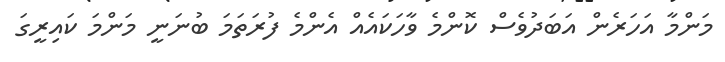
މަންމާ އަހަރެން އަބަދުވެސް ކޮންމެ ވާހަކައެއް އެންމެ ފުރަތަމަ ބުނަނީ މަންމަ ކައިރީގަ